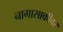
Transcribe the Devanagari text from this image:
नागासाकीवर